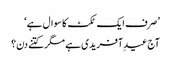
’صرف ایک ٹکٹ کا سوال ہے‘
آج عیدِ آفریدی ہے مگر کتنے دن؟